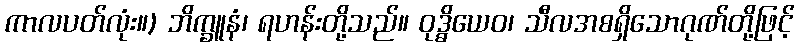
ကာလပတ်လုံး။) ဘိက္ခူနံ၊ ရဟန်းတို့သည်။ ဝုဒ္ဓိယေဝ၊ သီလအစရှိသောဂုဏ်တို့ဖြင့်